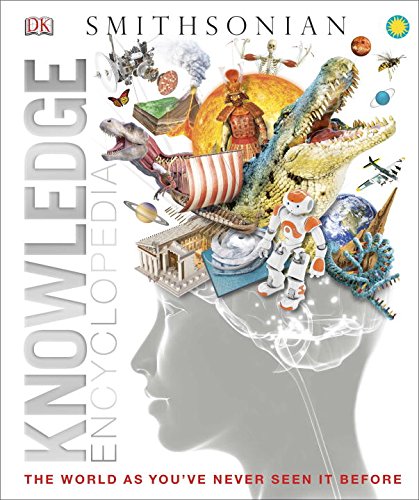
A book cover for Knowledge Encyclopedia; DK Publishing; Reference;